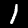
Digit: 1